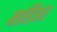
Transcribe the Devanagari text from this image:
नासिअर